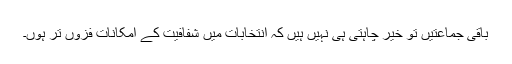
باقی جماعتیں تو خیر چاہتی ہی نہیں ہیں کہ انتخابات میں شفافیت کے امکانات فزوں تر ہوں۔